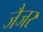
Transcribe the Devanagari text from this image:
जैजर